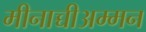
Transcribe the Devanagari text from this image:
मीनाच्चीअम्मन